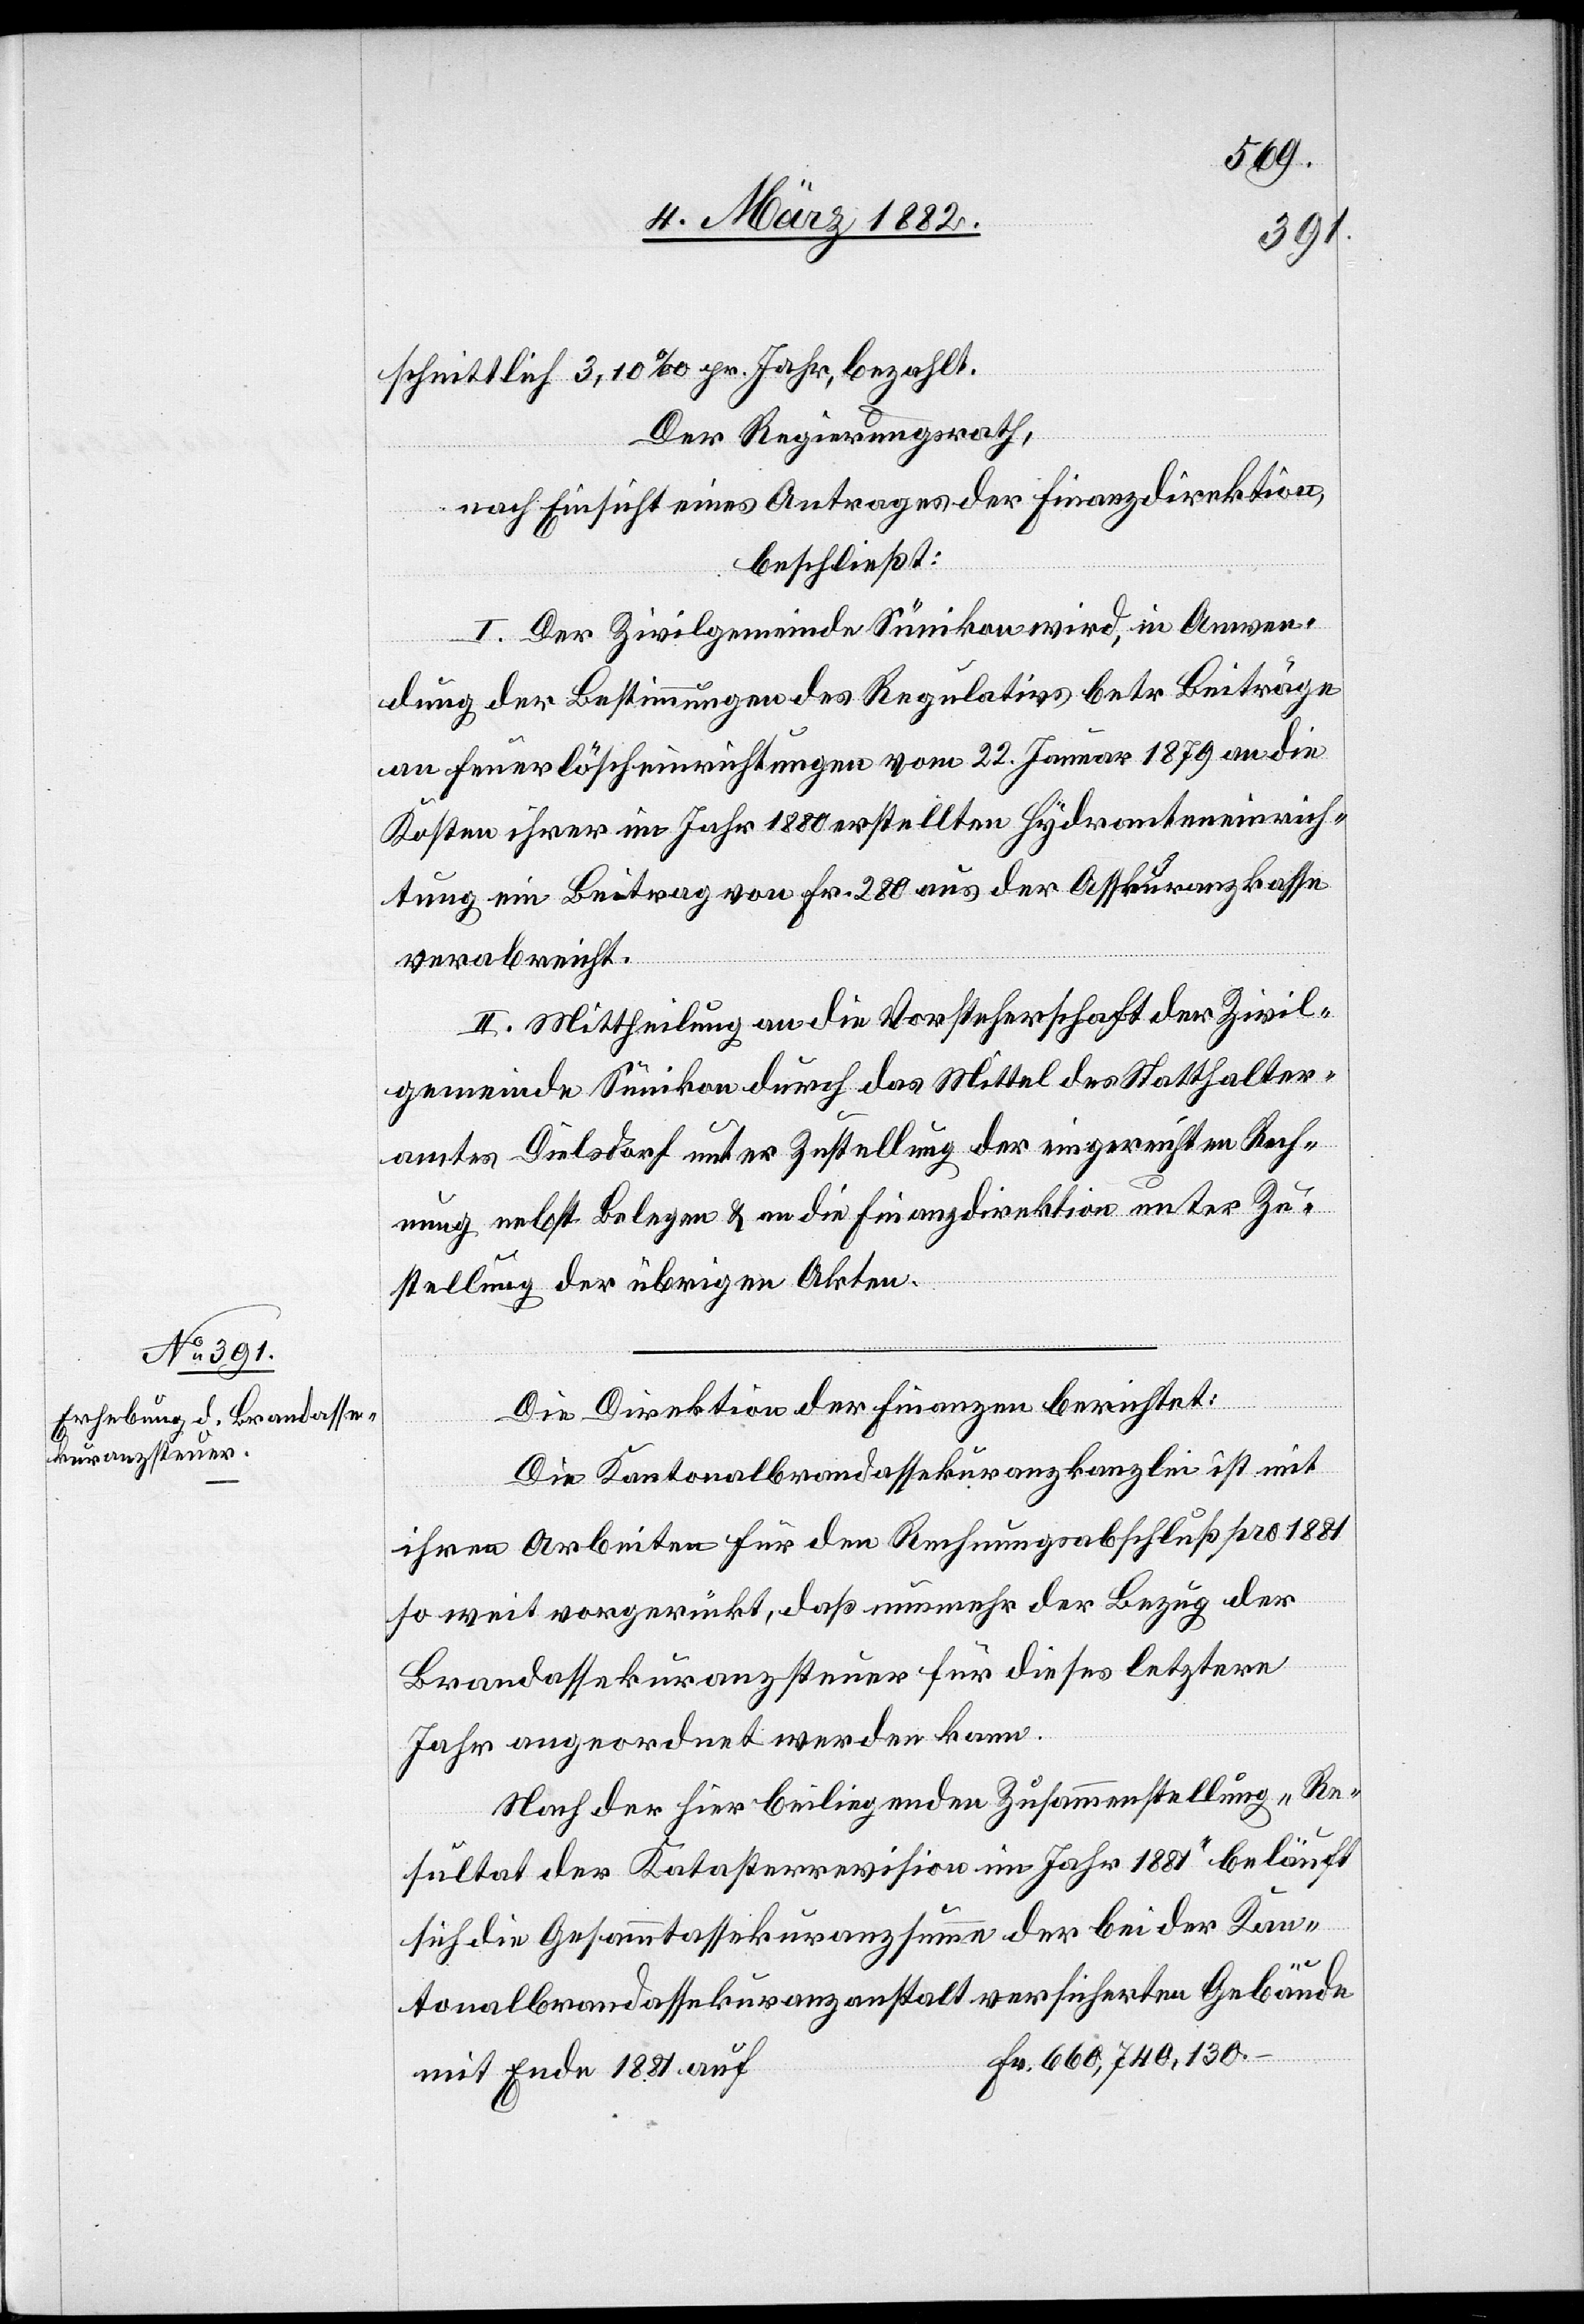
schnittlich 3,10‰ pr. Jahr, bezahlt.
Der Regierungsrath,
nach Einsicht eines Antrages der Finanzdirektion,
beschließt:
I. Der Zivilgemeinde Sünikon wird, in Anwen¬
dung der Bestimmungen des Regulatives betr. Beiträge
an Feuerlöscheinrichtungen vom 22. Januar 1879 die
Kosten ihrer im Jahr 1880 erstellten Hydranteneinrich¬
tung ein Beitrag von Fr. 280 aus der Assekuranzkasse
verabreicht.
II. Mittheilung an die Vorsteherschaft der Zivil¬
gemeinde Sünikon durch das Mittel des Statthalter¬
amtes Dielsdorf unter Zustellung der eingereichten Rech¬
nung nebst Belegen & an die Finanzdirektion unter Zu¬
stellung der übrigen Akten.
Die Direktion der Finanzen berichtet:
Die Kantonalbrandassekuranzkanzlei ist mit
ihren Arbeiten für den Rechnungsabschluß pro 1881
so weit vorgerückt, daß nunmehr der Bezug der
Brandassekuranzsteuer für dieses letztere
Jahr angeordnet werden kann.
Nach der hier beiliegenden Zusammenstellung „Re¬
sultat der Katasterrevision im Jahr 1881“ beläuft
sich die Gesammtassekuranzsumme der bei der Kan¬
tonalbrandassekuranzanstalt versicherten Gebäude
Fr. 660,740,130.-
mit Ende 1881 auf